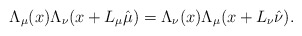
\begin{align*}\Lambda_\mu(x)\Lambda_\nu(x+L_\mu\hat{\mu})=\Lambda_\nu(x)\Lambda_\mu(x+L_\nu\hat{\nu}). \end{align*}